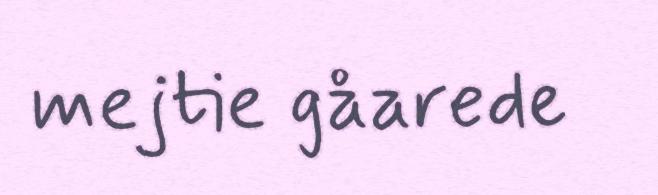
mejtie gåarede